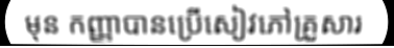
មុន កញ្ញាបានប្រើសៀវភៅគ្រួសារ